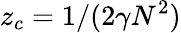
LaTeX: z_{c}=1/(2\gamma N^{2})